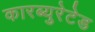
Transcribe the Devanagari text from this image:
कारब्युरेटेड